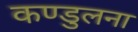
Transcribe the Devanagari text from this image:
कण्डुलना